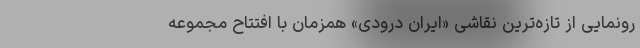
رونمایی از تازه‌ترین نقاشی «ایران درّودی» همزمان با افتتاح مجموعه